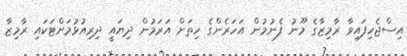
އިސްޖެހިފައިވާ ރާމިޒާގެ މޫނު ފެނުމުން އަހަރެންގެ ހިތަށް އަރަމުން ދިޔައީ ދިރިއުޅުމަށްޓަކައި ރާމިޒާ